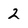
Character: 2